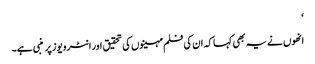
‘
انھوں نے یہ بھی کہا کہ ان کی فلم مہینوں کی تحقیق اور انٹرویوز پر منبی ہے۔